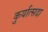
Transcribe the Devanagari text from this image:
कुर्यात्सदा